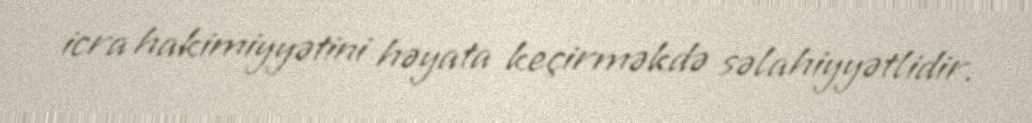
icra hakimiyyətini həyata keçirməkdə səlahiyyətlidir.